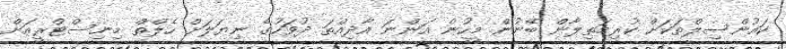
ކައުންސިލްތަކަށް ކުރިމަތިލާން ބޭނުން މީހުން އަންނަ އާދިއްތަ ދުވަހުގެ ނިޔަލަށް ހެލްތް މިނިސްޓްރީއަށް